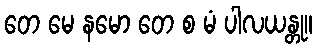
တေ မေ နမော တေ စ မံ ပါလယန္တု။